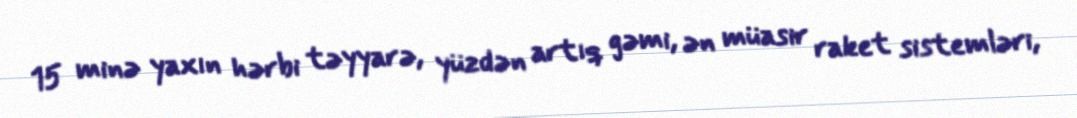
15 minə yaxın hərbi təyyarə, yüzdən artıq gəmi, ən müasir raket sistemləri,